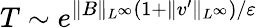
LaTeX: T\sim e^{\| B\| _{L^{\infty}}(1+\| v^{\prime}\| _{L^{\infty}})/\varepsilon}